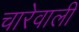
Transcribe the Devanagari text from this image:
चारेवाली